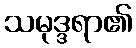
သမုဒ္ဒရာ၏